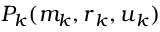
P _ { k } ( m _ { k } , \boldsymbol { r } _ { k } , \boldsymbol { u } _ { k } )